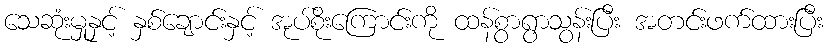
သေဆုံးမှုနှင့် နှစ်ချောင်းနှင့် အုပ်စိုးကြောင်းကို ထန်စွာရွာသွန်းပြီး အတင်းဖက်ထားပြီး